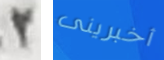
2 أخبرينى